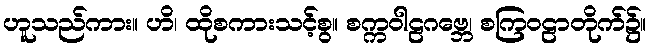
ဟူသည်ကား။ ဟိ၊ ထိုစကားသင့်စွ။ စက္ကဝါဠဂဗ္ဘေ၊ စကြဝဠာတိုက်၌။